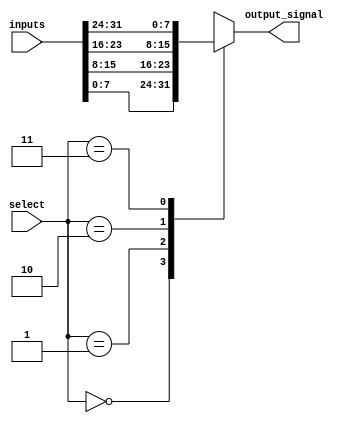
module ParameterizedMUX #(
    parameter WIDTH = 8,               // Width of input and output signals
    parameter NUM_INPUTS = 4           // Number of input ports (must be a power of 2)
) (
    input  wire [NUM_INPUTS*WIDTH-1:0] inputs,  // Concatenated input signals
    input  wire [$clog2(NUM_INPUTS)-1:0] select, // Select signal
    output reg  [WIDTH-1:0] output_signal        // Output signal
);

// Always block for combinational logic
always @(*) begin
    case (select)
        0: output_signal = inputs[WIDTH*0 +: WIDTH];  // Select first input
        1: output_signal = inputs[WIDTH*1 +: WIDTH];  // Select second input
        2: output_signal = inputs[WIDTH*2 +: WIDTH];  // Select third input
        3: output_signal = inputs[WIDTH*3 +: WIDTH];  // Select fourth input
        // Additional cases can be added here for more inputs
        default: output_signal = {WIDTH{1'b0}};         // Default case (zero output)
    endcase
end

endmodule